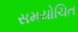
સમયોચિત